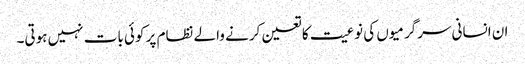
ان انسانی سرگرمیوں کی نوعیت کا تعین کرنے والے نظام پر کوئی بات نہیں ہوتی۔